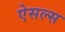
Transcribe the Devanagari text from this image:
ऐसल्स